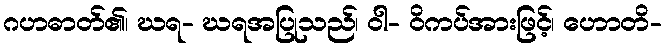
ဂဟဓာတ်၏၊ ဃရ- ဃရအပြုသည်၊ ဝါ- ဝိကပ်အားဖြင့်၊ ဟောတိ-